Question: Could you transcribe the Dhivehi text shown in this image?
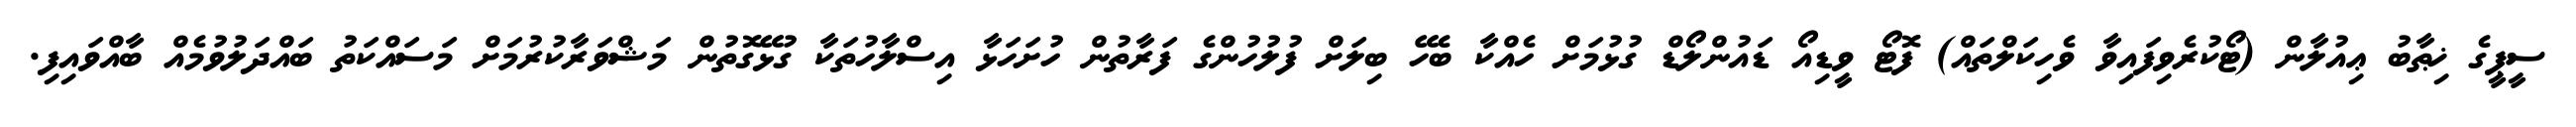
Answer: ސީޕީގެ ޚިޠާބު ޢިއުލާން (ޓޯކުރެވިފައިވާ ވެހިކަލްތައް) ފޮޓޯ ވީޑިއޯ ޑައުންލޯޑް ގުޅުމަށް ހެއްކާ ބެހޭ ބިލަށް ފުލުހުންގެ ފަރާތުން ހުށަހަޅާ އިސްލާހުތަކާ ގުޅޭގޮތުން މަޝްވަރާކުރުމަށް މަސައްކަތު ބައްދަލުވުމެއް ބާއްވައިފި.